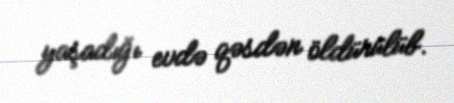
yaşadığı evdə qəsdən öldürülüb.